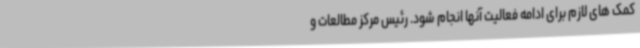
کمک های لازم برای ادامه فعالیت آنها انجام شود. رئیس مرکز مطالعات و